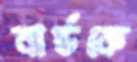
বার্ডকে